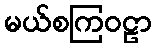
မယ်စကြဝဠာ